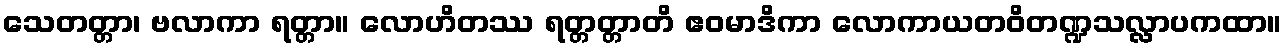
သေတတ္တာ၊ ဗလာကာ ရတ္တာ။ လောဟိတဿ ရတ္တတ္တာတိ ဧဝမာဒိကာ လောကာယတဝိတဏ္ဍသလ္လာပကထာ။